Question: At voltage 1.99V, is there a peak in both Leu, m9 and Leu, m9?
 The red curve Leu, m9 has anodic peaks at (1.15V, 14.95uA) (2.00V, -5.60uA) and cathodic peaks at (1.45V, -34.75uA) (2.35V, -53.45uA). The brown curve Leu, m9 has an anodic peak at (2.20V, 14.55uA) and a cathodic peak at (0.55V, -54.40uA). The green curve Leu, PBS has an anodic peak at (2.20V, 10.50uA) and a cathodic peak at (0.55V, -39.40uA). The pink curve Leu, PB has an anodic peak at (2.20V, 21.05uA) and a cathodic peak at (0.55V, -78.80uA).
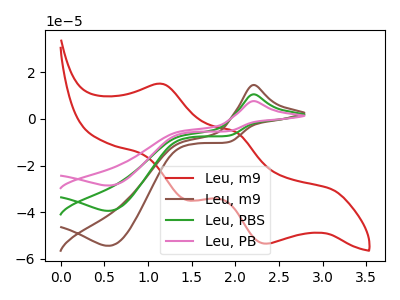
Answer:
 <answer>No, "Leu, m9" and "Leu, m9" dont share a peak at 1.99V.</answer>
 <eval>mismatch</eval>